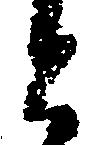
と